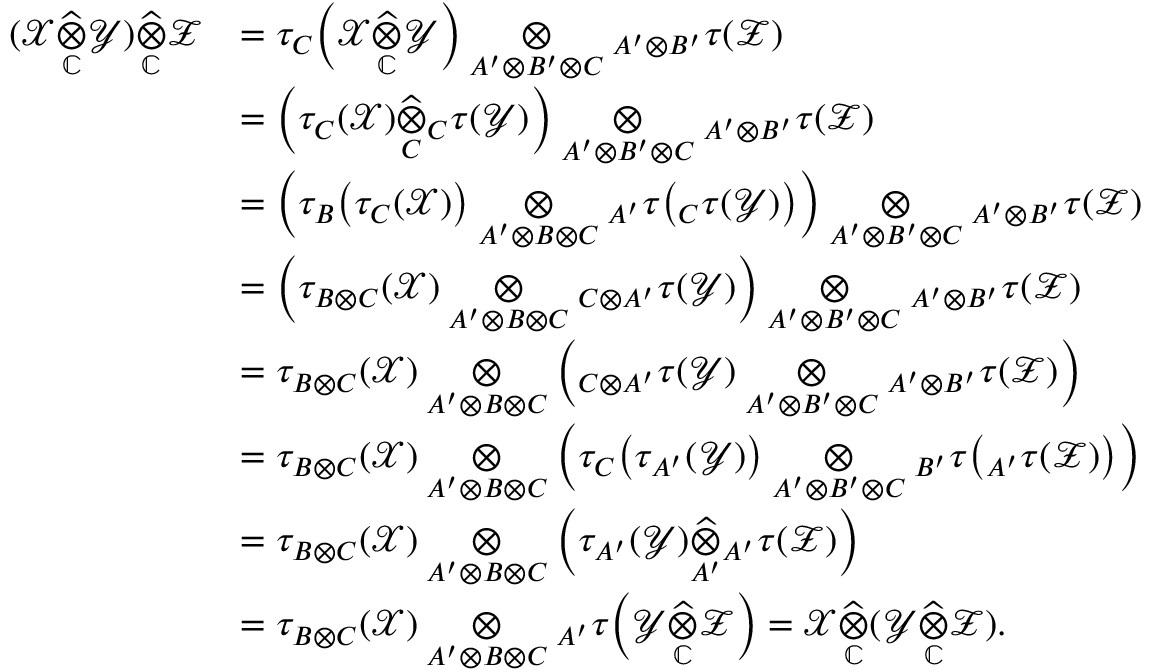
\begin{array} { r l } { ( \mathcal { X } \underset { \mathbb { C } } { \widehat { \otimes } } \mathcal { Y } ) \underset { \mathbb { C } } { \widehat { \otimes } } \mathcal { Z } } & { = \tau _ { C } \Big ( \mathcal { X } \underset { \mathbb { C } } { \widehat { \otimes } } \mathcal { Y } \Big ) \underset { A ^ { \prime } \otimes B ^ { \prime } \otimes C } { \otimes } { _ { A ^ { \prime } \otimes B ^ { \prime } } } \tau ( \mathcal { Z } ) } \\ & { = \Big ( \tau _ { C } ( \mathcal { X } ) \underset { C } { \widehat { \otimes } } { _ { C } } \tau ( \mathcal { Y } ) \Big ) \underset { A ^ { \prime } \otimes B ^ { \prime } \otimes C } { \otimes } { _ { A ^ { \prime } \otimes B ^ { \prime } } } \tau ( \mathcal { Z } ) } \\ & { = \Big ( \tau _ { B } \big ( \tau _ { C } ( \mathcal { X } ) \big ) \underset { A ^ { \prime } \otimes B \otimes C } { \otimes } { _ { A ^ { \prime } } } \tau \big ( { _ C } \tau ( \mathcal { Y } ) \big ) \Big ) \underset { A ^ { \prime } \otimes B ^ { \prime } \otimes C } { \otimes } { _ { A ^ { \prime } \otimes B ^ { \prime } } } \tau ( \mathcal { Z } ) } \\ & { = \Big ( \tau _ { B \otimes C } ( \mathcal { X } ) \underset { A ^ { \prime } \otimes B \otimes C } { \otimes } { _ { C \otimes A ^ { \prime } } } \tau ( \mathcal { Y } ) \Big ) \underset { A ^ { \prime } \otimes B ^ { \prime } \otimes C } { \otimes } { _ { A ^ { \prime } \otimes B ^ { \prime } } } \tau ( \mathcal { Z } ) } \\ & { = \tau _ { B \otimes C } ( \mathcal { X } ) \underset { A ^ { \prime } \otimes B \otimes C } { \otimes } \Big ( { _ { C \otimes A ^ { \prime } } } \tau ( \mathcal { Y } ) \underset { A ^ { \prime } \otimes B ^ { \prime } \otimes C } { \otimes } { _ { A ^ { \prime } \otimes B ^ { \prime } } } \tau ( \mathcal { Z } ) \Big ) } \\ & { = \tau _ { B \otimes C } ( \mathcal { X } ) \underset { A ^ { \prime } \otimes B \otimes C } { \otimes } \Big ( \tau _ { C } \big ( \tau _ { A ^ { \prime } } ( \mathcal { Y } ) \big ) \underset { A ^ { \prime } \otimes B ^ { \prime } \otimes C } { \otimes } { _ { B ^ { \prime } } } \tau \big ( { _ { A ^ { \prime } } } \tau ( \mathcal { Z } ) \big ) \Big ) } \\ & { = \tau _ { B \otimes C } ( \mathcal { X } ) \underset { A ^ { \prime } \otimes B \otimes C } { \otimes } \Big ( \tau _ { A ^ { \prime } } ( \mathcal { Y } ) \underset { A ^ { \prime } } { \widehat { \otimes } } { _ { A ^ { \prime } } } \tau ( \mathcal { Z } ) \Big ) } \\ & { = \tau _ { B \otimes C } ( \mathcal { X } ) \underset { A ^ { \prime } \otimes B \otimes C } { \otimes } { _ { A ^ { \prime } } } \tau \Big ( \mathcal { Y } \underset { \mathbb { C } } { \widehat { \otimes } } \mathcal { Z } \Big ) = \mathcal { X } \underset { \mathbb { C } } { \widehat { \otimes } } ( \mathcal { Y } \underset { \mathbb { C } } { \widehat { \otimes } } \mathcal { Z } ) . } \end{array}